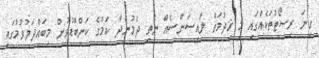
ގިނަ ރިސޯޓުތަކެއްގައި މި ޚިދުމަތް ލައިސަންސެއް ނެތި ދެމުންދާ ކަމުގެ ކަންބޮޑުވުން މިބައްދަލުވުމުގައި